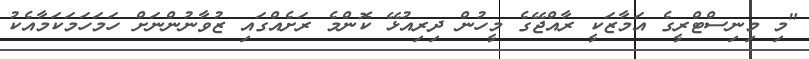
"މި މިނިސްޓްރީގެ އަމާޒަކީ ރާއްޖޭގެ މީހުން ދިރިއުޅޭ ކޮންމެ ރަށެއްގައި ޒުވާނުންނަށް ހަމަހަމަކަމާއެކު